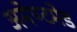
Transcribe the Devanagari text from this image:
अमेण्टमेड